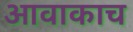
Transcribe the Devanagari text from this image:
आवाकाच